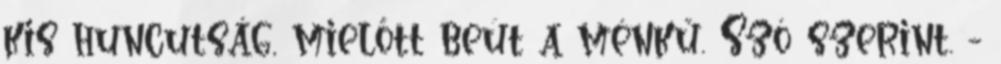
kis huncutság, mielőtt beüt a ménkű. Szó szerint. -